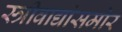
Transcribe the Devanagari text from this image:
स्त्रीवाद्यांसमोर